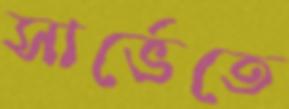
সার্ভেতে